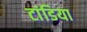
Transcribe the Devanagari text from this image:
टांडिया